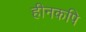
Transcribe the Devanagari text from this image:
हीनकपि